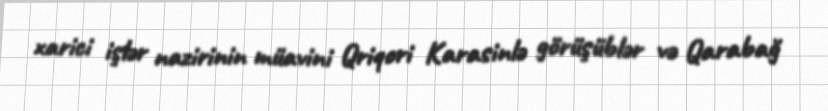
xarici işlər nazirinin müavini Qriqori Karasinlə görüşüblər və Qarabağ